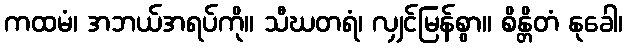
ကထမံ၊ အဘယ်အရပ်ကို။ သီဃတရံ၊ လျှင်မြန်စွာ။ စိန္တိတံ နုခေါ၊